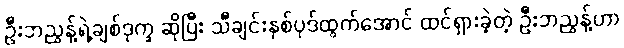
ဦးဘညွန့်ရဲ့ချစ်ဒုက္ခ ဆိုပြီး သီချင်းနှစ်ပုဒ်ထွက်အောင် ထင်ရှားခဲ့တဲ့ ဦးဘညွန့်ဟာ